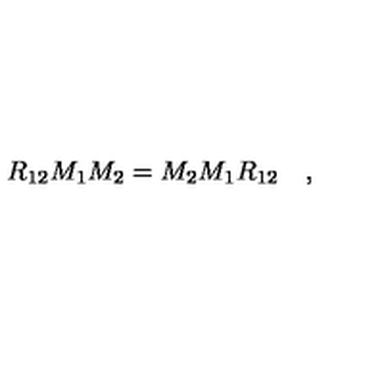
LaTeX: R _ { 1 2 } M _ { 1 } M _ { 2 } = M _ { 2 } M _ { 1 } R _ { 1 2 } \quad ,